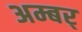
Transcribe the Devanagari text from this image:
अम्बर्